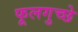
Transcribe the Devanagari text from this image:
फूलगुच्छे